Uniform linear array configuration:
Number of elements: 12
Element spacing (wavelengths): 1
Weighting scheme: kaiser
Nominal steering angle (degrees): -30
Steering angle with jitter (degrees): -29.16
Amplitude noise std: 0.05
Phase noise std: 0.05

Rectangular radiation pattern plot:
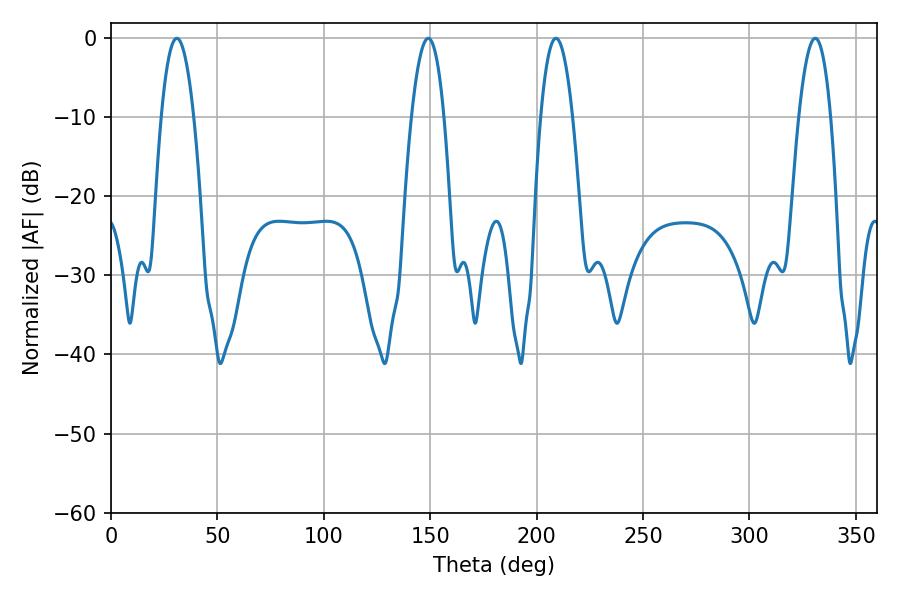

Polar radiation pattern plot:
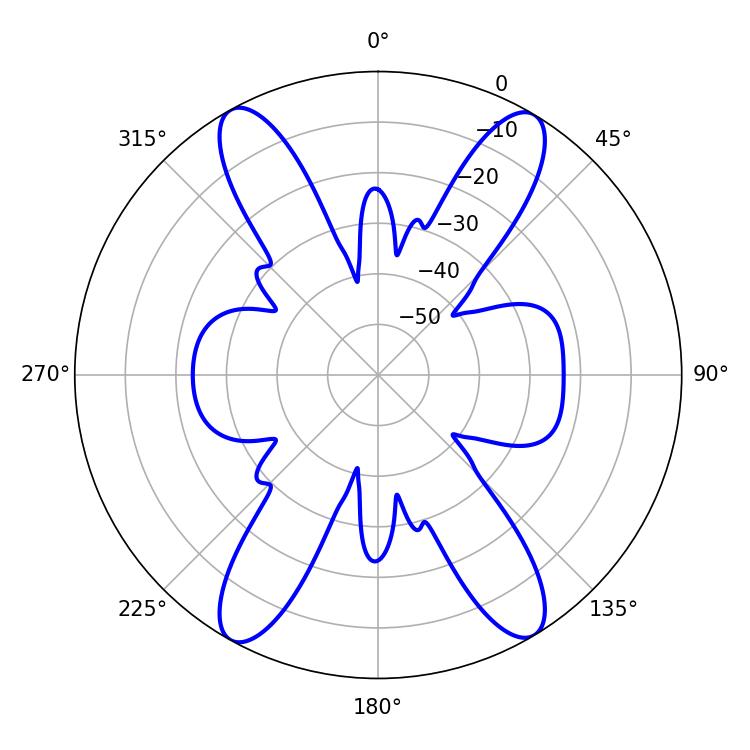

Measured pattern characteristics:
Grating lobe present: TRUE
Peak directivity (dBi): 22.211
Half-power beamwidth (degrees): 8.46
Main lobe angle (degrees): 30.96